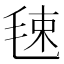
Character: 𣭴